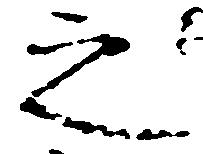
之